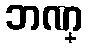
ဘဏ္